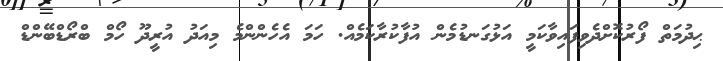
ޙިދުމަތް ފޯރުކޮށްދެވިފައިވާކަމީ އަޅުގަނޑުމެން އުފާކުރާކަމެއް. ހަމަ އެހެންންމެ މިއަދު އުރީދޫ ހޯމް ބްރޯޑްބޭންޑް